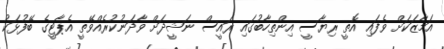
އަމާޒަކަށް ވެފައި އޮތީ ރިޔާސީ އިންތިހާބުގައި ރައީސް ނަޝީދަށް ވާދަނުކުރެއްވޭތީ އެޕާޓީގެ ބޭފުޅަކު